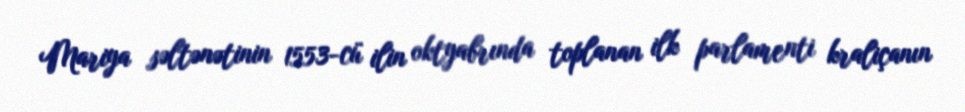
Mariya səltənətinin 1553-cü ilin oktyabrında toplanan ilk parlamenti kraliçanın